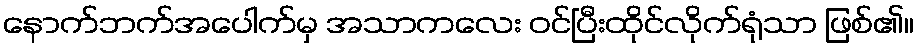
နောက်ဘက်အပေါက်မှ အသာကလေး ဝင်ပြီးထိုင်လိုက်ရုံသာ ဖြစ်၏။